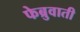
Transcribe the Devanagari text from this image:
फेब्रुवाती